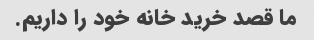
ما قصد خرید خانه خود را داریم.